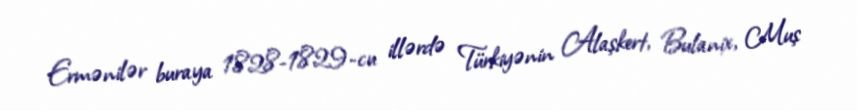
Ermənilər buraya 1828-1829-cu illərdə Türkiyənin Alaşkert, Bulanix, Muş